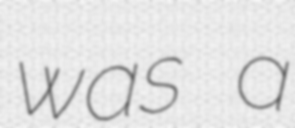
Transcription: was a